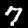
Label: 7